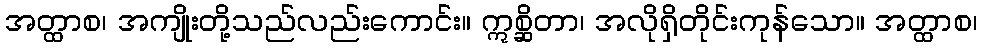
အတ္ထာစ၊ အကျိုးတို့သည်လည်းကောင်း။ ဣစ္ဆိတာ၊ အလိုရှိတိုင်းကုန်သော။ အတ္ထာစ၊